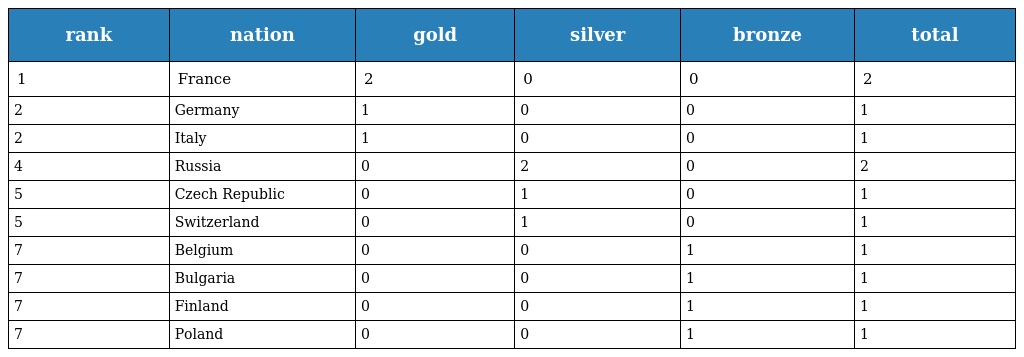
| rank | nation | gold | silver | bronze | total |
 | --- | --- | --- | --- | --- | --- |
 | 1 | France | 2 | 0 | 0 | 2 |
 | 2 | Germany | 1 | 0 | 0 | 1 |
 | 2 | Italy | 1 | 0 | 0 | 1 |
 | 4 | Russia | 0 | 2 | 0 | 2 |
 | 5 | Czech Republic | 0 | 1 | 0 | 1 |
 | 5 | Switzerland | 0 | 1 | 0 | 1 |
 | 7 | Belgium | 0 | 0 | 1 | 1 |
 | 7 | Bulgaria | 0 | 0 | 1 | 1 |
 | 7 | Finland | 0 | 0 | 1 | 1 |
 | 7 | Poland | 0 | 0 | 1 | 1 |